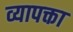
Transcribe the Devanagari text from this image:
व्यापक्ता